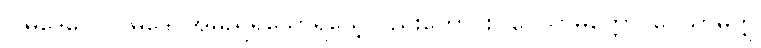
ဝါမဒေဝေါ၊ ဝါမဒေဝအမည်ရှိသောရသေ့လည်းကောင်း။ ဝေသာမိတ္တော၊ ဝေသာမိတ္တ